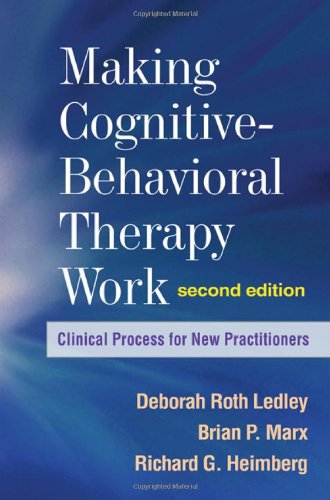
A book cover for Making Cognitive-Behavioral Therapy Work, Second Edition: Clinical Process for New Practitioners; Deborah Roth Ledley PhD; Medical Books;